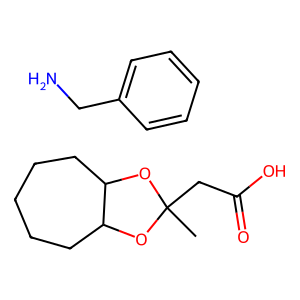
SMILES: CC1(CC(=O)O)OC2CCCCCC2O1.NCc1ccccc1
Inhibits HIV replication: No